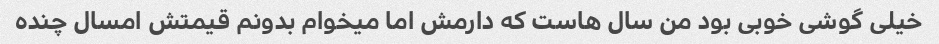
خیلی گوشی خوبی بود من سال هاست که دارمش اما میخوام بدونم قیمتش امسال چنده